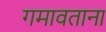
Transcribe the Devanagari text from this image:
गमावताना